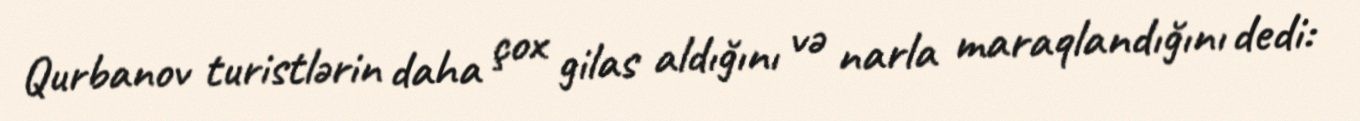
Qurbanov turistlərin daha çox gilas aldığını və narla maraqlandığını dedi: